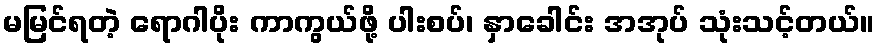
မမြင်ရတဲ့ ရောဂါပိုး ကာကွယ်ဖို့ ပါးစပ်၊ နှာခေါင်း အအုပ် သုံးသင့်တယ်။